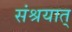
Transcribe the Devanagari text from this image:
संश्रयात्